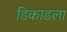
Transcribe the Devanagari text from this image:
डिकाडला